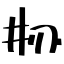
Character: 刱